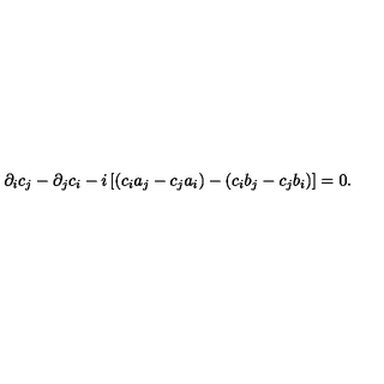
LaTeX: \partial _ { i } c _ { j } - \partial _ { j } c _ { i } - i \left[ ( c _ { i } a _ { j } - c _ { j } a _ { i } ) - ( c _ { i } b _ { j } - c _ { j } b _ { i } ) \right] = 0 .